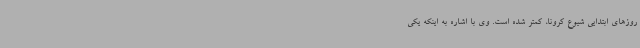
روزهای ابتدایی شیوع کرونا، کمتر شده است. وی با اشاره به اینکه یکی